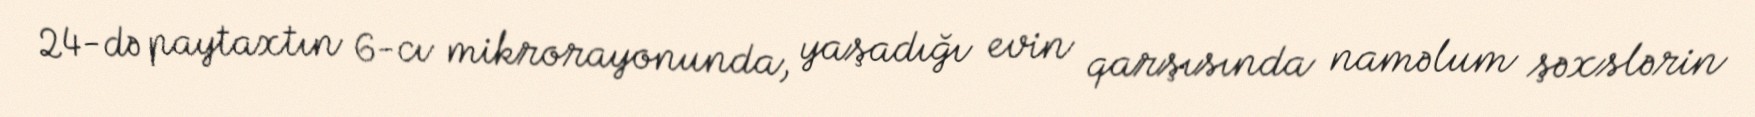
24-də paytaxtın 6-cı mikrorayonunda, yaşadığı evin qarşısında naməlum şəxslərin